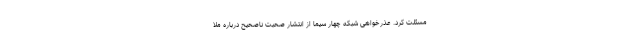
مسئلت کرد. عذرخواهی شبکه چهار سیما از انتشار صحبت ناصحیح درباره ملا